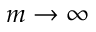
{ m \rightarrow \infty }